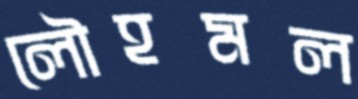
লৌহমল